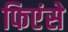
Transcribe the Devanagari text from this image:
फिएंसे